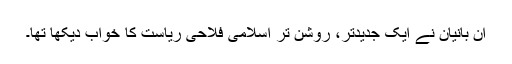
ان بانیان نے ایک جدیدتر، روشن تر اسلامی فلاحی ریاست کا خواب دیکھا تھا۔